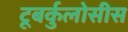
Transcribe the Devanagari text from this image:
टूबर्कुलोसीस